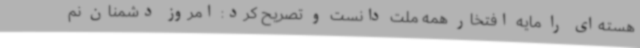
هسته‌ای را مایه افتخار همه ملت دانست و تصریح کرد: امروز دشمنان نم